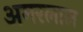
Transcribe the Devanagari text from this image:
अमरलाल